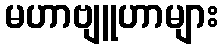
မဟာဗျူဟာများ